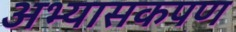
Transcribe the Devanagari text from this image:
अभ्यासकपण